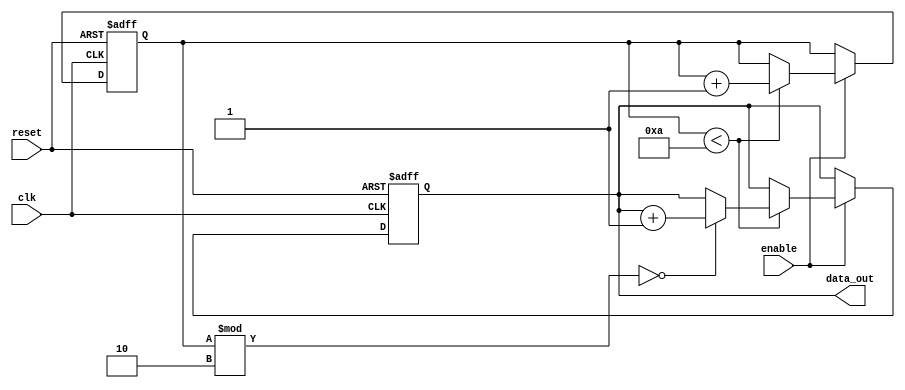
module Loop(
    input clk, 
    input reset,
    input enable,
    output reg [7:0] data_out
);

reg [7:0] counter;
reg [7:0] data;

always @(posedge clk or posedge reset) begin
    if (reset) begin
        counter <= 0;
        data <= 0;
    end else if (enable) begin
        if (counter < 10) begin
            if (counter % 2 == 0) begin
                data <= data + 1;
            end
            counter <= counter + 1;
        end
    end
end

assign data_out = data;

endmodule